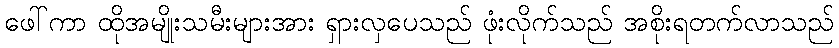
ဖေါ်ကာ ထိုအမျိုးသမီးများအား ရှားလှပေသည် ဖုံးလိုက်သည် အစိုးရတက်လာသည်